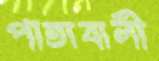
পাতাবালী